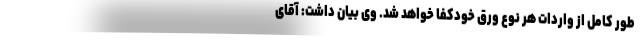
طور کامل از واردات هر نوع ورق خودکفا خواهد شد. وی بیان داشت: آقای